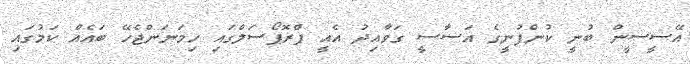
އޭސީސީން ބުނީ ކުންފުނީގެ އަސާސީ ގަވާއިދު އެއީ ޕްރޮޕޯސަލްގައި ހިމަނަންޖެހޭ ބައެއް ކަމުގައި